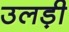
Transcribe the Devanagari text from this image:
उलड़ी